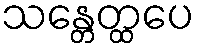
သန္တေတ္ထပေ